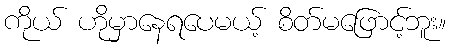
ကိုယ် ဟိုမှာနေရပေမယ့် စိတ်မဖြောင့်ဘူး။